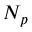
N _ { p }